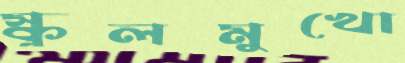
স্কুলমুখো